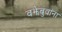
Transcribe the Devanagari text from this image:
वझेबुवांना